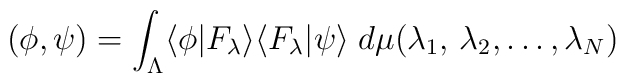
\left(  \phi ,  \psi \right) =  	 \int_\Lambda 	\langle \phi  | F_\lambda  \rangle 		\langle F_\lambda |\psi\rangle 	\; 			d\mu (\lambda_1 ,\, \lambda_2 , \dots ,\lambda_N )